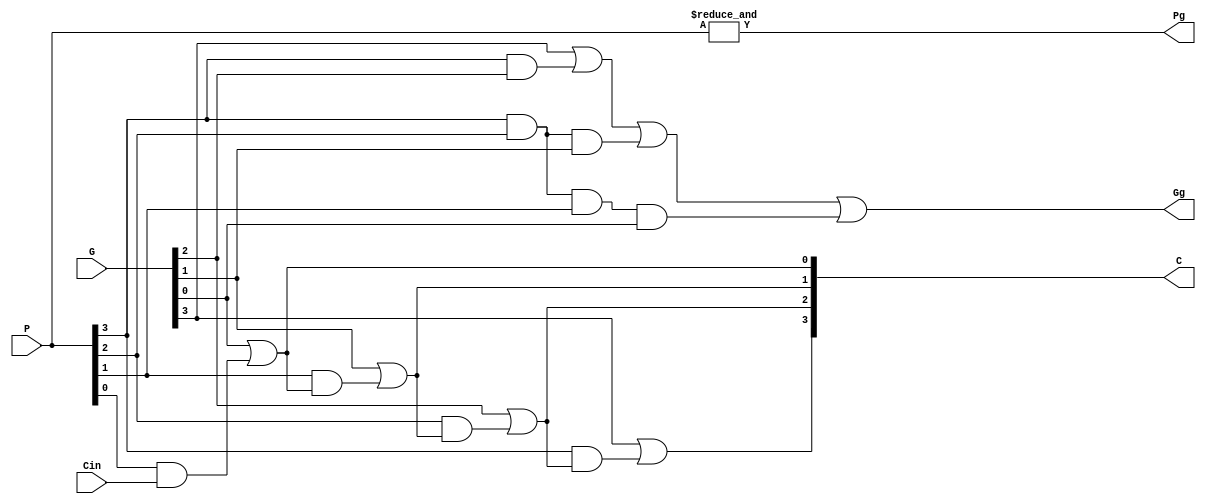

module cla_logic(P, G, Cin, Pg, Gg, C);
   input [3:0] P, G;
   input       Cin;
   output [4:1] C;
   output 	Pg, Gg;

   assign Pg = & P[3:0]; // and reduction

   assign Gg = G[3] | (P[3] & G[2]) | (P[3] & P[2] & G[1]) 
     | (P[3] & P[2] & P[1] & G[0]);

   assign C[1] = G[0] | (P[0] & Cin);
   assign C[2] = G[1] | (P[1] & C[1]);
   assign C[3] = G[2] | (P[2] & C[2]);
   assign C[4] = G[3] | (P[3] & C[3]);

endmodule // cla_logic